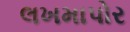
લખમાપોર